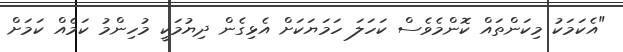
"އެކަމަކު މިކަންތައް ކޮންމެވެސް ކަހަލަ ހަމަޔަކަށް އެޅިގެން ދިޔުމަކީ މުހިންމު ކަމެއް ކަމަށް